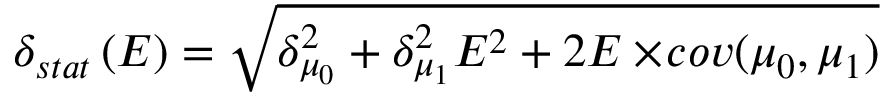
\delta _ { s t a t } \left( E \right) = \sqrt { \delta _ { \mu _ { 0 } } ^ { 2 } + \delta _ { \mu _ { 1 } } ^ { 2 } E ^ { 2 } + 2 E \times \! c o v ( \mu _ { 0 } , \mu _ { 1 } ) }